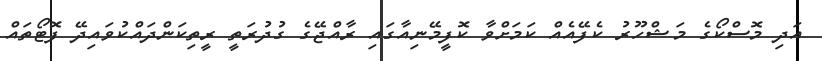
އަދި މޮސްކޯގެ މަޝްހޫރު ކެފޭއެއް ކަމަށްވާ ކޮފީމޭނިއާގައި ރާއްޖޭގެ ގުދުރަތީ ރީތިކަންދައްކުވައިދޭ ފޮޓޯތައް